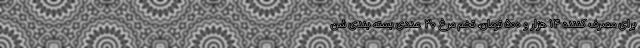
برای مصرف کننده ۱۴ هزار و ۵۰۰ تومان، تخم مرغ ۳۰ عددی بسته بندی شن